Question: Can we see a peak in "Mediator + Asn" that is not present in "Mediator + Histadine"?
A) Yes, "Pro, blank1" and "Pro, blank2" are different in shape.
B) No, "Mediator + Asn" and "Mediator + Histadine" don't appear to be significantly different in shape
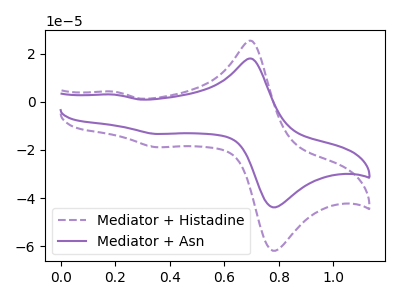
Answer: <think>The purple dashed curve "Mediator + Histadine" has anodic peaks at (0.70V, 25.25uA) (0.20V, 4.20uA) and cathodic peaks at (0.80V, -61.25uA) (0.35V, -18.85uA). The purple curve "Mediator + Asn" has anodic peaks at (0.70V, 17.90uA) (0.20V, 2.95uA) and cathodic peaks at (0.80V, -43.40uA) (0.35V, -13.35uA).
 All the peaks in "Mediator + Asn" have a peak in "Mediator + Histadine" at the same potential. Every peak in "Mediator + Asn" is lower than every peak in "Mediator + Histadine".</think>
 <answer>B) No, "Mediator + Asn" and "Mediator + Histadine" don't appear to be significantly different in shape</answer>
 <eval>B</eval>